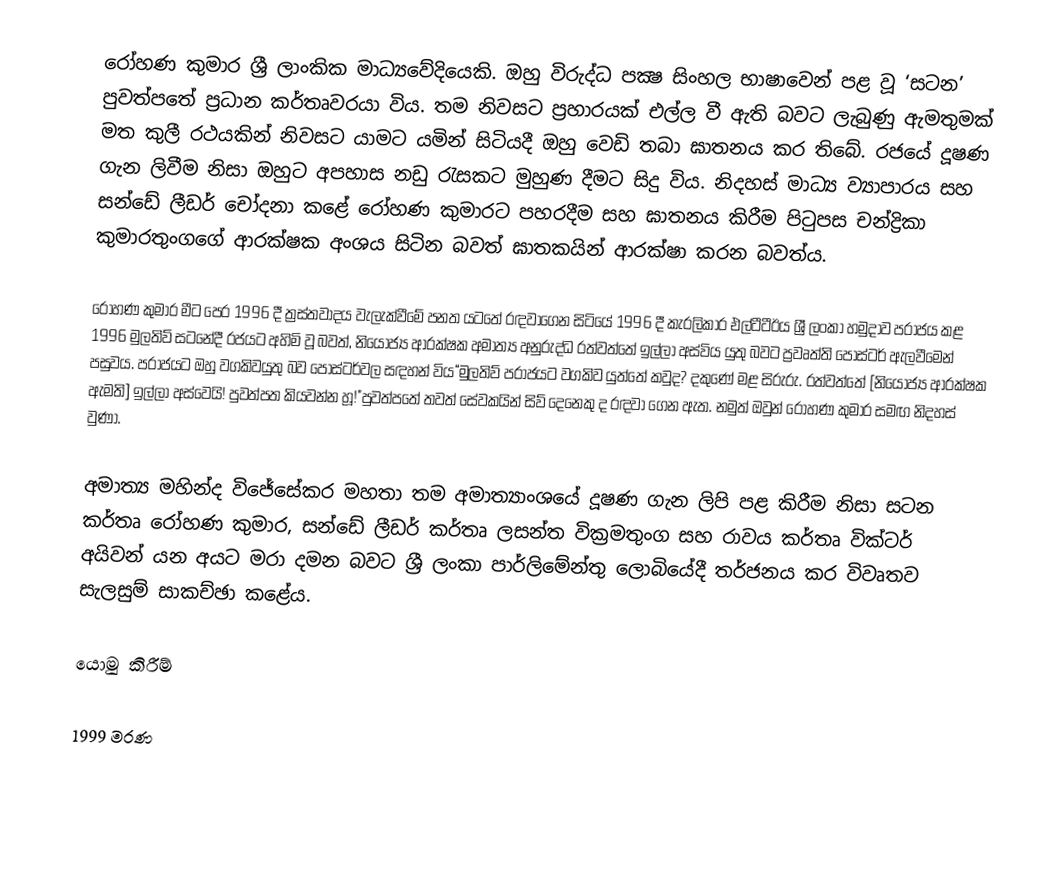
රෝහණ කුමාර ශ්‍රී ලාංකික මාධ්‍යවේදියෙකි. ඔහු විරුද්ධ පක්‍ෂ සිංහල භාෂාවෙන් පළ වූ ‘සටන’ පුවත්පතේ ප්‍රධාන කර්තෘවරයා විය. තම නිවසට ප්‍රහාරයක් එල්ල වී ඇති බවට ලැබුණු ඇමතුමක් මත කුලී රථයකින් නිවසට යාමට යමින් සිටියදී ඔහු වෙඩි තබා ඝාතනය කර තිබේ. රජයේ දූෂණ ගැන ලිවීම නිසා ඔහුට අපහාස නඩු රැසකට මුහුණ දීමට සිදු විය. නිදහස් මාධ්‍ය ව්‍යාපාරය සහ සන්ඩේ ලීඩර් චෝදනා කළේ රෝහණ කුමාරට පහරදීම සහ ඝාතනය කිරීම පිටුපස චන්ද්‍රිකා කුමාරතුංගගේ ආරක්ෂක අංශය සිටින බවත් ඝාතකයින් ආරක්ෂා කරන බවත්ය.

රෝහණ කුමාර මීට පෙර 1996 දී ත්‍රස්තවාදය වැලැක්වීමේ පනත යටතේ රඳවාගෙන සිටියේ 1996 දී කැරලිකාර එල්ටීටීඊය ශ්‍රී ලංකා හමුදාව පරාජය කළ 1996 මුලතිව් සටනේදී රජයට අහිමි වූ බවත්, නියෝජ්‍ය ආරක්ෂක අමාත්‍ය අනුරුද්ධ රත්වත්තේ ඉල්ලා අස්විය යුතු බවට ප්‍රවෘත්ති පෝස්ටර් ඇලවීමෙන් පසුවය. පරාජයට ඔහු වගකිවයුතු බව පෝස්ටර්වල සඳහන් විය“මුලතිව් පරාජයට වගකිව යුත්තේ කවුද? දකුණේ මළ සිරුරු. රත්වත්තේ [නියෝජ්‍ය ආරක්ෂක ඇමති] ඉල්ලා අස්වෙයි! පුවත්පත කියවන්න හූ!"පුවත්පතේ තවත් සේවකයින් සිව් දෙනෙකු ද රඳවා ගෙන ඇත. නමුත් ඔවුන් රෝහණ කුමාර සමඟ නිදහස් වුණා.

අමාත්‍ය මහින්ද විජේසේකර මහතා තම අමාත්‍යාංශයේ දූෂණ ගැන ලිපි පළ කිරීම නිසා සටන කර්තෘ රෝහණ කුමාර, සන්ඩේ ලීඩර් කර්තෘ ලසන්ත වික්‍රමතුංග සහ රාවය කර්තෘ වික්ටර් අයිවන් යන අයට මරා දමන බවට ශ්‍රී ලංකා පාර්ලිමේන්තු ලොබියේදී තර්ජනය කර විවෘතව සැලසුම් සාකච්ඡා කළේය.

යොමු කිරීම්

1999 මරණ